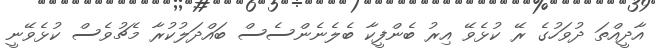
އާދީއްތަ ދުވަހުގެ ރޭ ކުޅެވޭ އިރު ބެންފީކާ ބެލެނެންސެސް ބައްދަލުކުރާ މެޗުވެސް ކުޅެވޭނީ